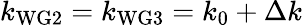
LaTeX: k_{\mathrm{WG2}}=k_{\mathrm{WG3}}=k_{0}+\Delta k